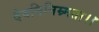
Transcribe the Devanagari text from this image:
देवविनिम्र्मता।।